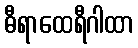
ဓီရာထေရီဂါထာ